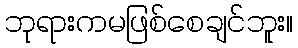
ဘုရားကမဖြစ်စေချင်ဘူး။